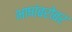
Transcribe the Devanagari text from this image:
भाषांबरोबर